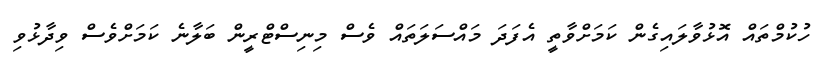
ހުކުމްތައް އޮޅުވާލައިގެން ކަމަށްވާތީ އެފަދަ މައްސަލަތައް ވެސް މިނިސްޓްރީން ބަލާނެ ކަމަށްވެސް ވިދާޅުވި